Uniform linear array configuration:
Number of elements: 8
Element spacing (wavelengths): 0.75
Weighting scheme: cosine
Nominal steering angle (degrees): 30
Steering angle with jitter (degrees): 31.355
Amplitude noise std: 0.05
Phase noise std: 0.05

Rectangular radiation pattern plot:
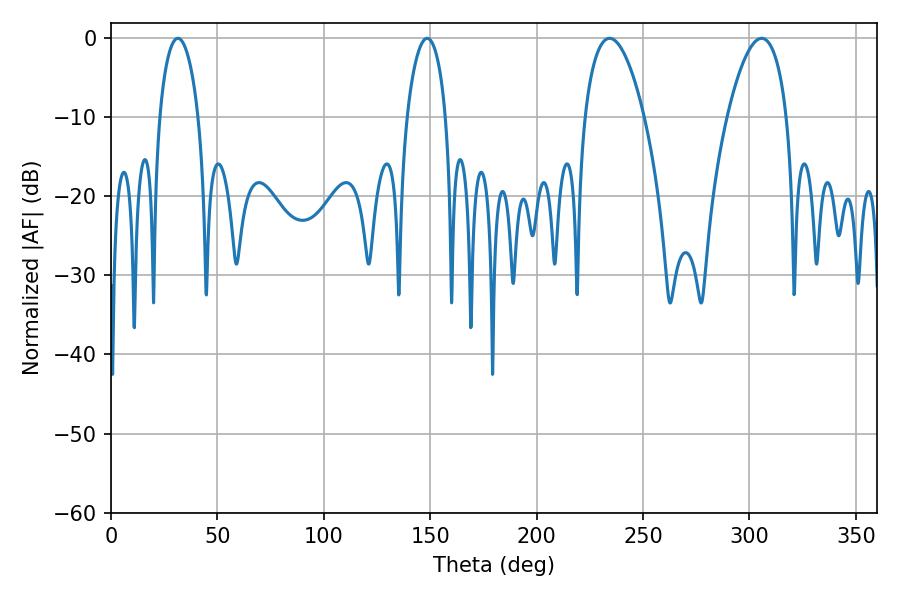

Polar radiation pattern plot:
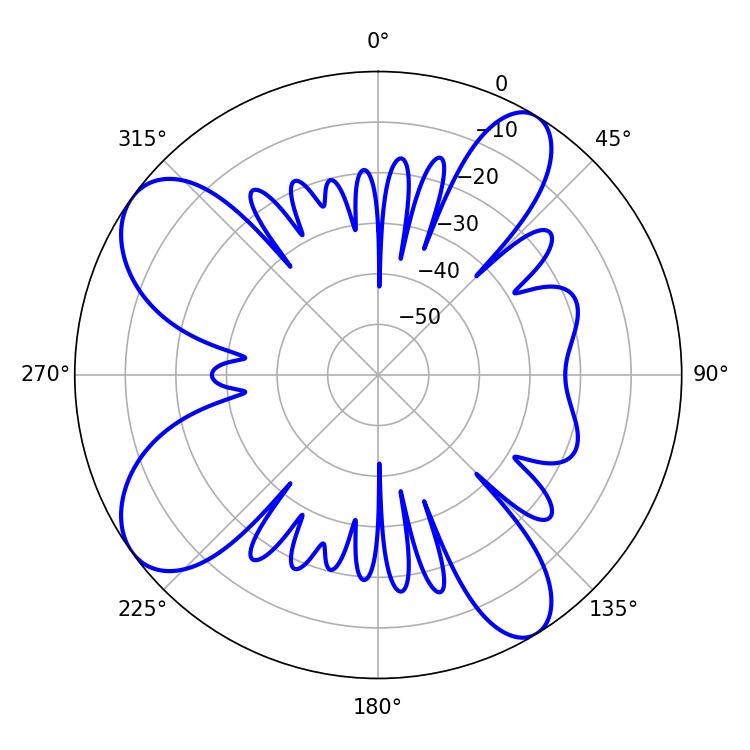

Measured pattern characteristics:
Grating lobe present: TRUE
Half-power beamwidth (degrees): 15.66
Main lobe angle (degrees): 305.64